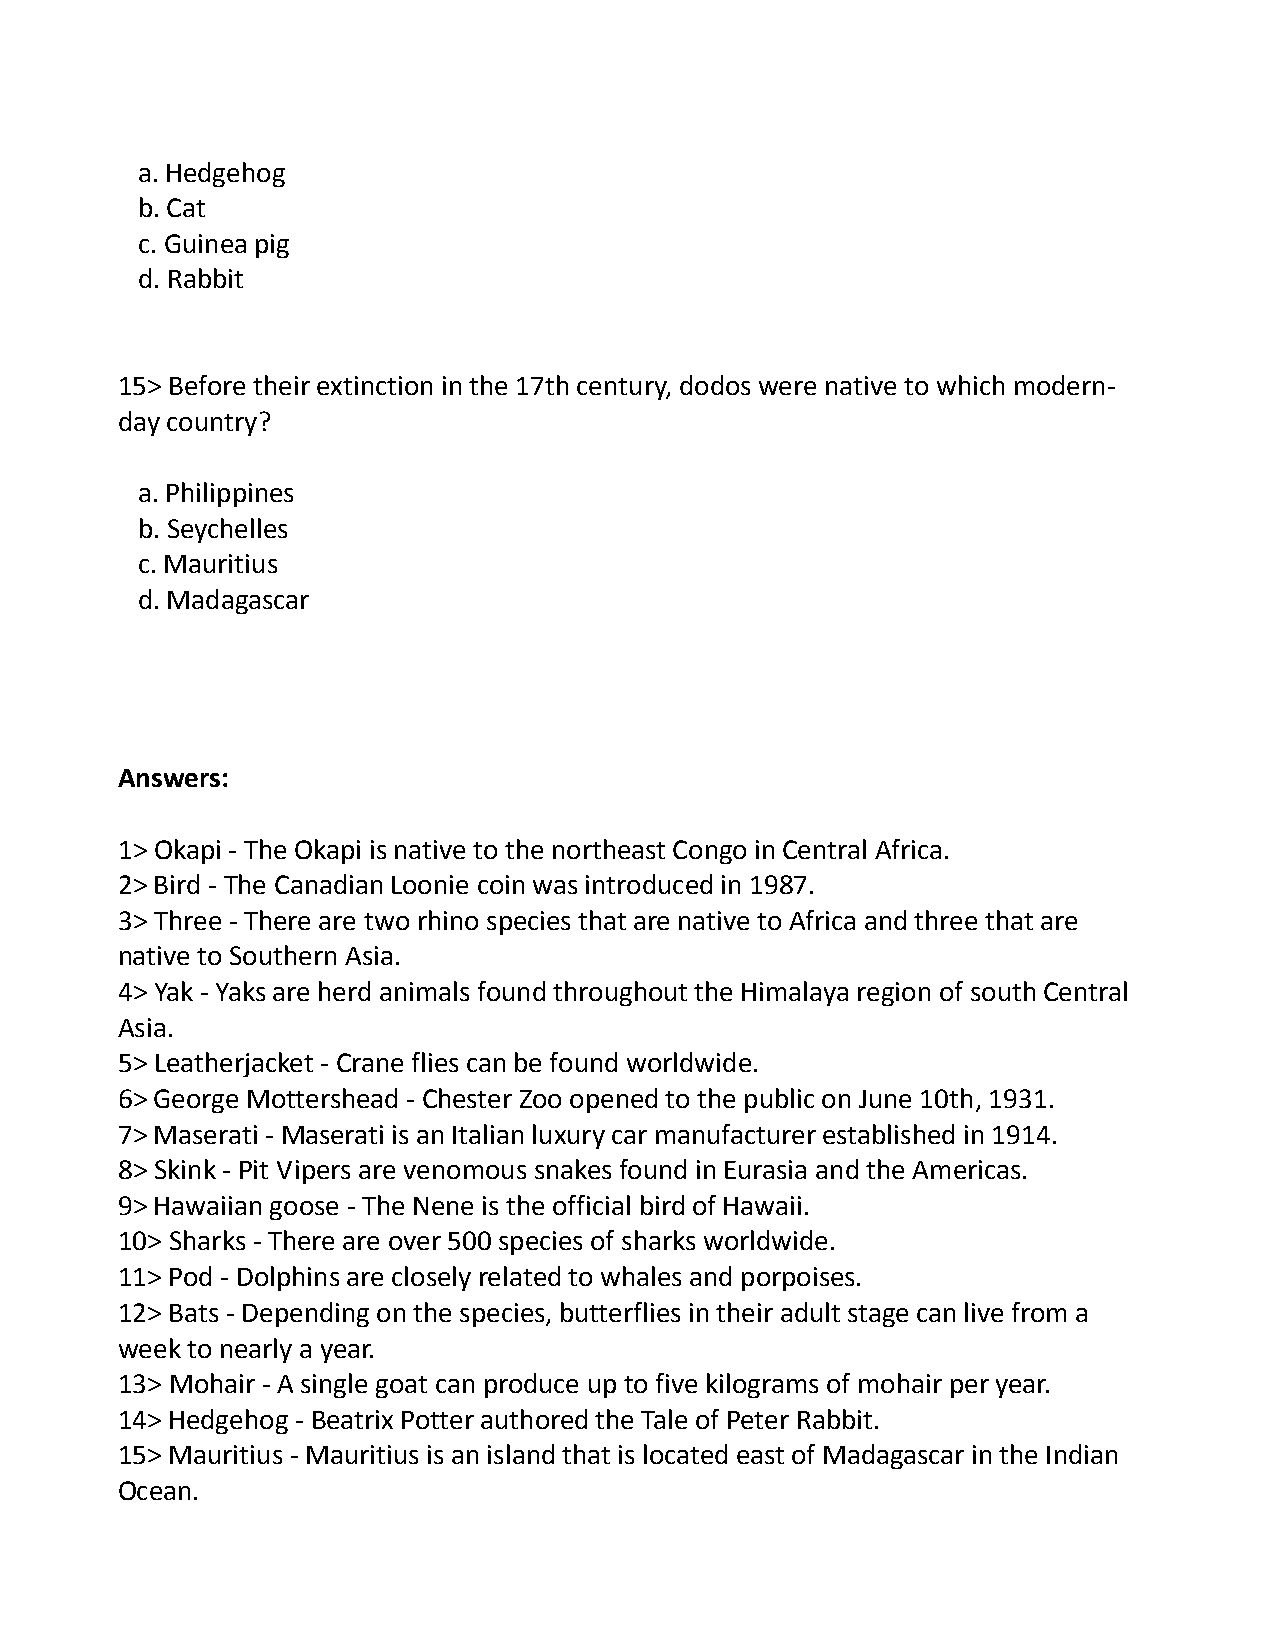
a. Hedgehog
 b. Cat
 c. Guinea pig
 d. Rabbit
 15> Before their extinction in the 17th century, dodos were native to which modern-
 day country?
 a. Philippines
 b. Seychelles
 c. Mauritius
 d. Madagascar
 Answers:
 1> Okapi - The Okapi is native to the northeast Congo in Central Africa.
 2> Bird - The Canadian Loonie coin was introduced in 1987.
 3> Three - There are two rhino species that are native to Africa and three that are
 native to Southern Asia.
 4> Yak - Yaks are herd animals found throughout the Himalaya region of south Central
 Asia.
 5> Leatherjacket - Crane flies can be found worldwide.
 6> George Mottershead - Chester Zoo opened to the public on June 10th, 1931.
 7> Maserati - Maserati is an Italian luxury car manufacturer established in 1914.
 8> Skink - Pit Vipers are venomous snakes found in Eurasia and the Americas.
 9> Hawaiian goose - The Nene is the official bird of Hawaii.
 10> Sharks - There are over 500 species of sharks worldwide.
 11> Pod - Dolphins are closely related to whales and porpoises.
 12> Bats - Depending on the species, butterflies in their adult stage can live from a
 week to nearly a year.
 13> Mohair - A single goat can produce up to five kilograms of mohair per year.
 14> Hedgehog - Beatrix Potter authored the Tale of Peter Rabbit.
 15> Mauritius - Mauritius is an island that is located east of Madagascar in the Indian
 Ocean.